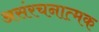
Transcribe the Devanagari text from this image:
असंरचनात्मक